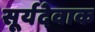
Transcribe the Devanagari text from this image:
सूर्यदेवाक